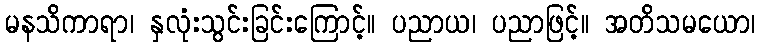
မနသိကာရာ၊ နှလုံးသွင်းခြင်းကြောင့်။ ပညာယ၊ ပညာဖြင့်။ အတိသမယော၊